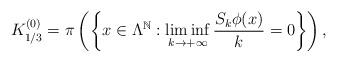
LaTeX: \begin{align*} K_{1/3}^{(0)}=\pi\left(\left\{x\in \Lambda^\mathbb{N}: \liminf_{k\to +\infty}\frac{S_k\phi(x)}{k}=0 \right\}\right ),\end{align*}